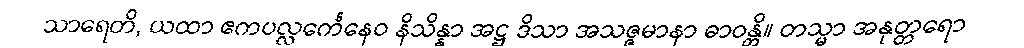
သာရေတိ, ယထာ ဧကပလ္လင်္ကေနေဝ နိသိန္နာ အဋ္ဌ ဒိသာ အသဇ္ဇမာနာ ဓာဝန္တိ။ တသ္မာ အနုတ္တရော